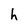
Character: h